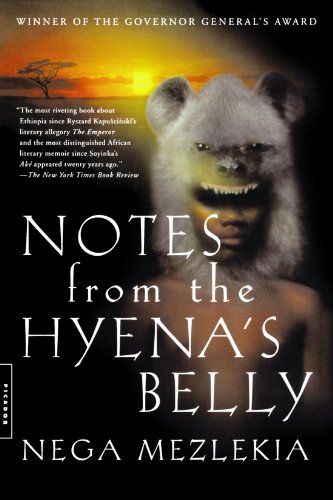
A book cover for Notes from the Hyena's Belly: An Ethiopian Boyhood; Nega Mezlekia; History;